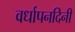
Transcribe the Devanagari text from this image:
वर्धापनदिनी